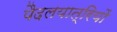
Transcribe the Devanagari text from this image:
पैदलयात्रियों